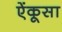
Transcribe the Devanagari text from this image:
ऐंकूसा